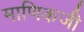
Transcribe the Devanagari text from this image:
माणिकजी